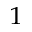
^ 1